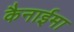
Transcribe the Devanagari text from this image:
कैनाईमा